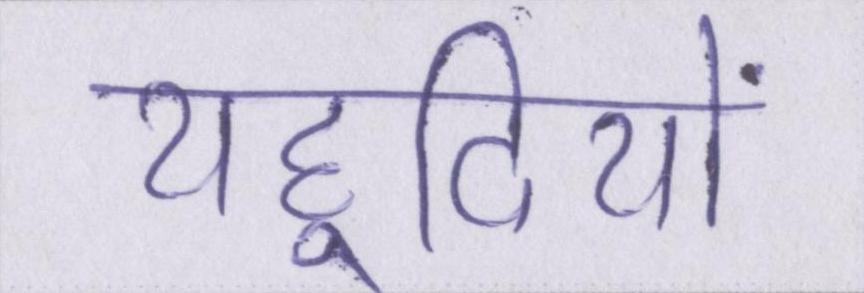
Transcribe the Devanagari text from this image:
यहूदियों